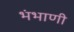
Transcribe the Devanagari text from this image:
भंभाणी